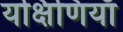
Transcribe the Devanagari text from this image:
यक्षिणियाँ